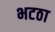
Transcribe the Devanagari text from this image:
भटठा